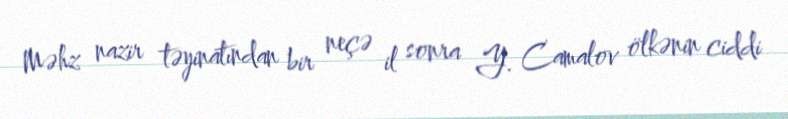
Məhz nazir təyinatından bir neçə il sonra Y. Camalov ölkənin ciddi